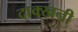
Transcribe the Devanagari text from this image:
दाक्खनी